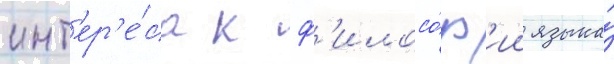
инт'ер'е́са к ф'илосо́ф'ии языка́